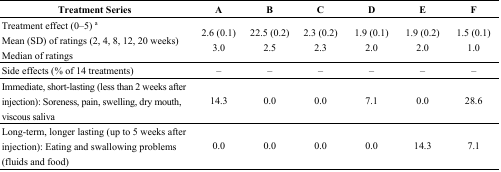
<table><thead><tr><td><b>Treatment Series</b></td><td><b>A</b></td><td><b>B</b></td><td><b>C</b></td><td><b>D</b></td><td><b>E</b></td><td><b>F</b></td></tr></thead><tbody><tr><td>Treatment effect (0–5) <sup>a</sup> Mean (SD) of ratings (2, 4, 8, 12, 20 weeks) Median of ratings</td><td>2.6 (0.1) 3.0</td><td>22.5 (0.2) 2.5</td><td>2.3 (0.2) 2.3</td><td>1.9 (0.1) 2.0</td><td>1.9 (0.2) 2.0</td><td>1.5 (0.1) 1.0</td></tr><tr><td>Side effects (% of 14 treatments)</td><td>–</td><td>–</td><td>–</td><td>–</td><td>–</td><td>–</td></tr><tr><td>Immediate, short-lasting (less than 2 weeks after injection): Soreness, pain, swelling, dry mouth, viscous saliva</td><td>14.3</td><td>0.0</td><td>0.0</td><td>7.1</td><td>0.0</td><td>28.6</td></tr><tr><td>Long-term, longer lasting (up to 5 weeks after injection): Eating and swallowing problems (fluids and food)</td><td>0.0</td><td>0.0</td><td>0.0</td><td>0.0</td><td>14.3</td><td>7.1</td></tr></tbody></table>